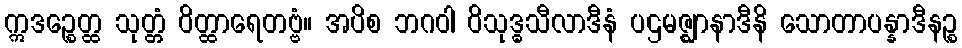
ဣဒဉ္စေတ္ထ သုတ္တံ ဝိတ္ထာရေတဗ္ဗံ။ အပိစ ဘဂဝါ ဝိသုဒ္ဓသီလာဒီနံ ပဌမဇ္ဈာနာဒီနိ သောတာပန္နာဒီနဉ္စ